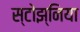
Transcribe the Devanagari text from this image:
स्टोझ्निया